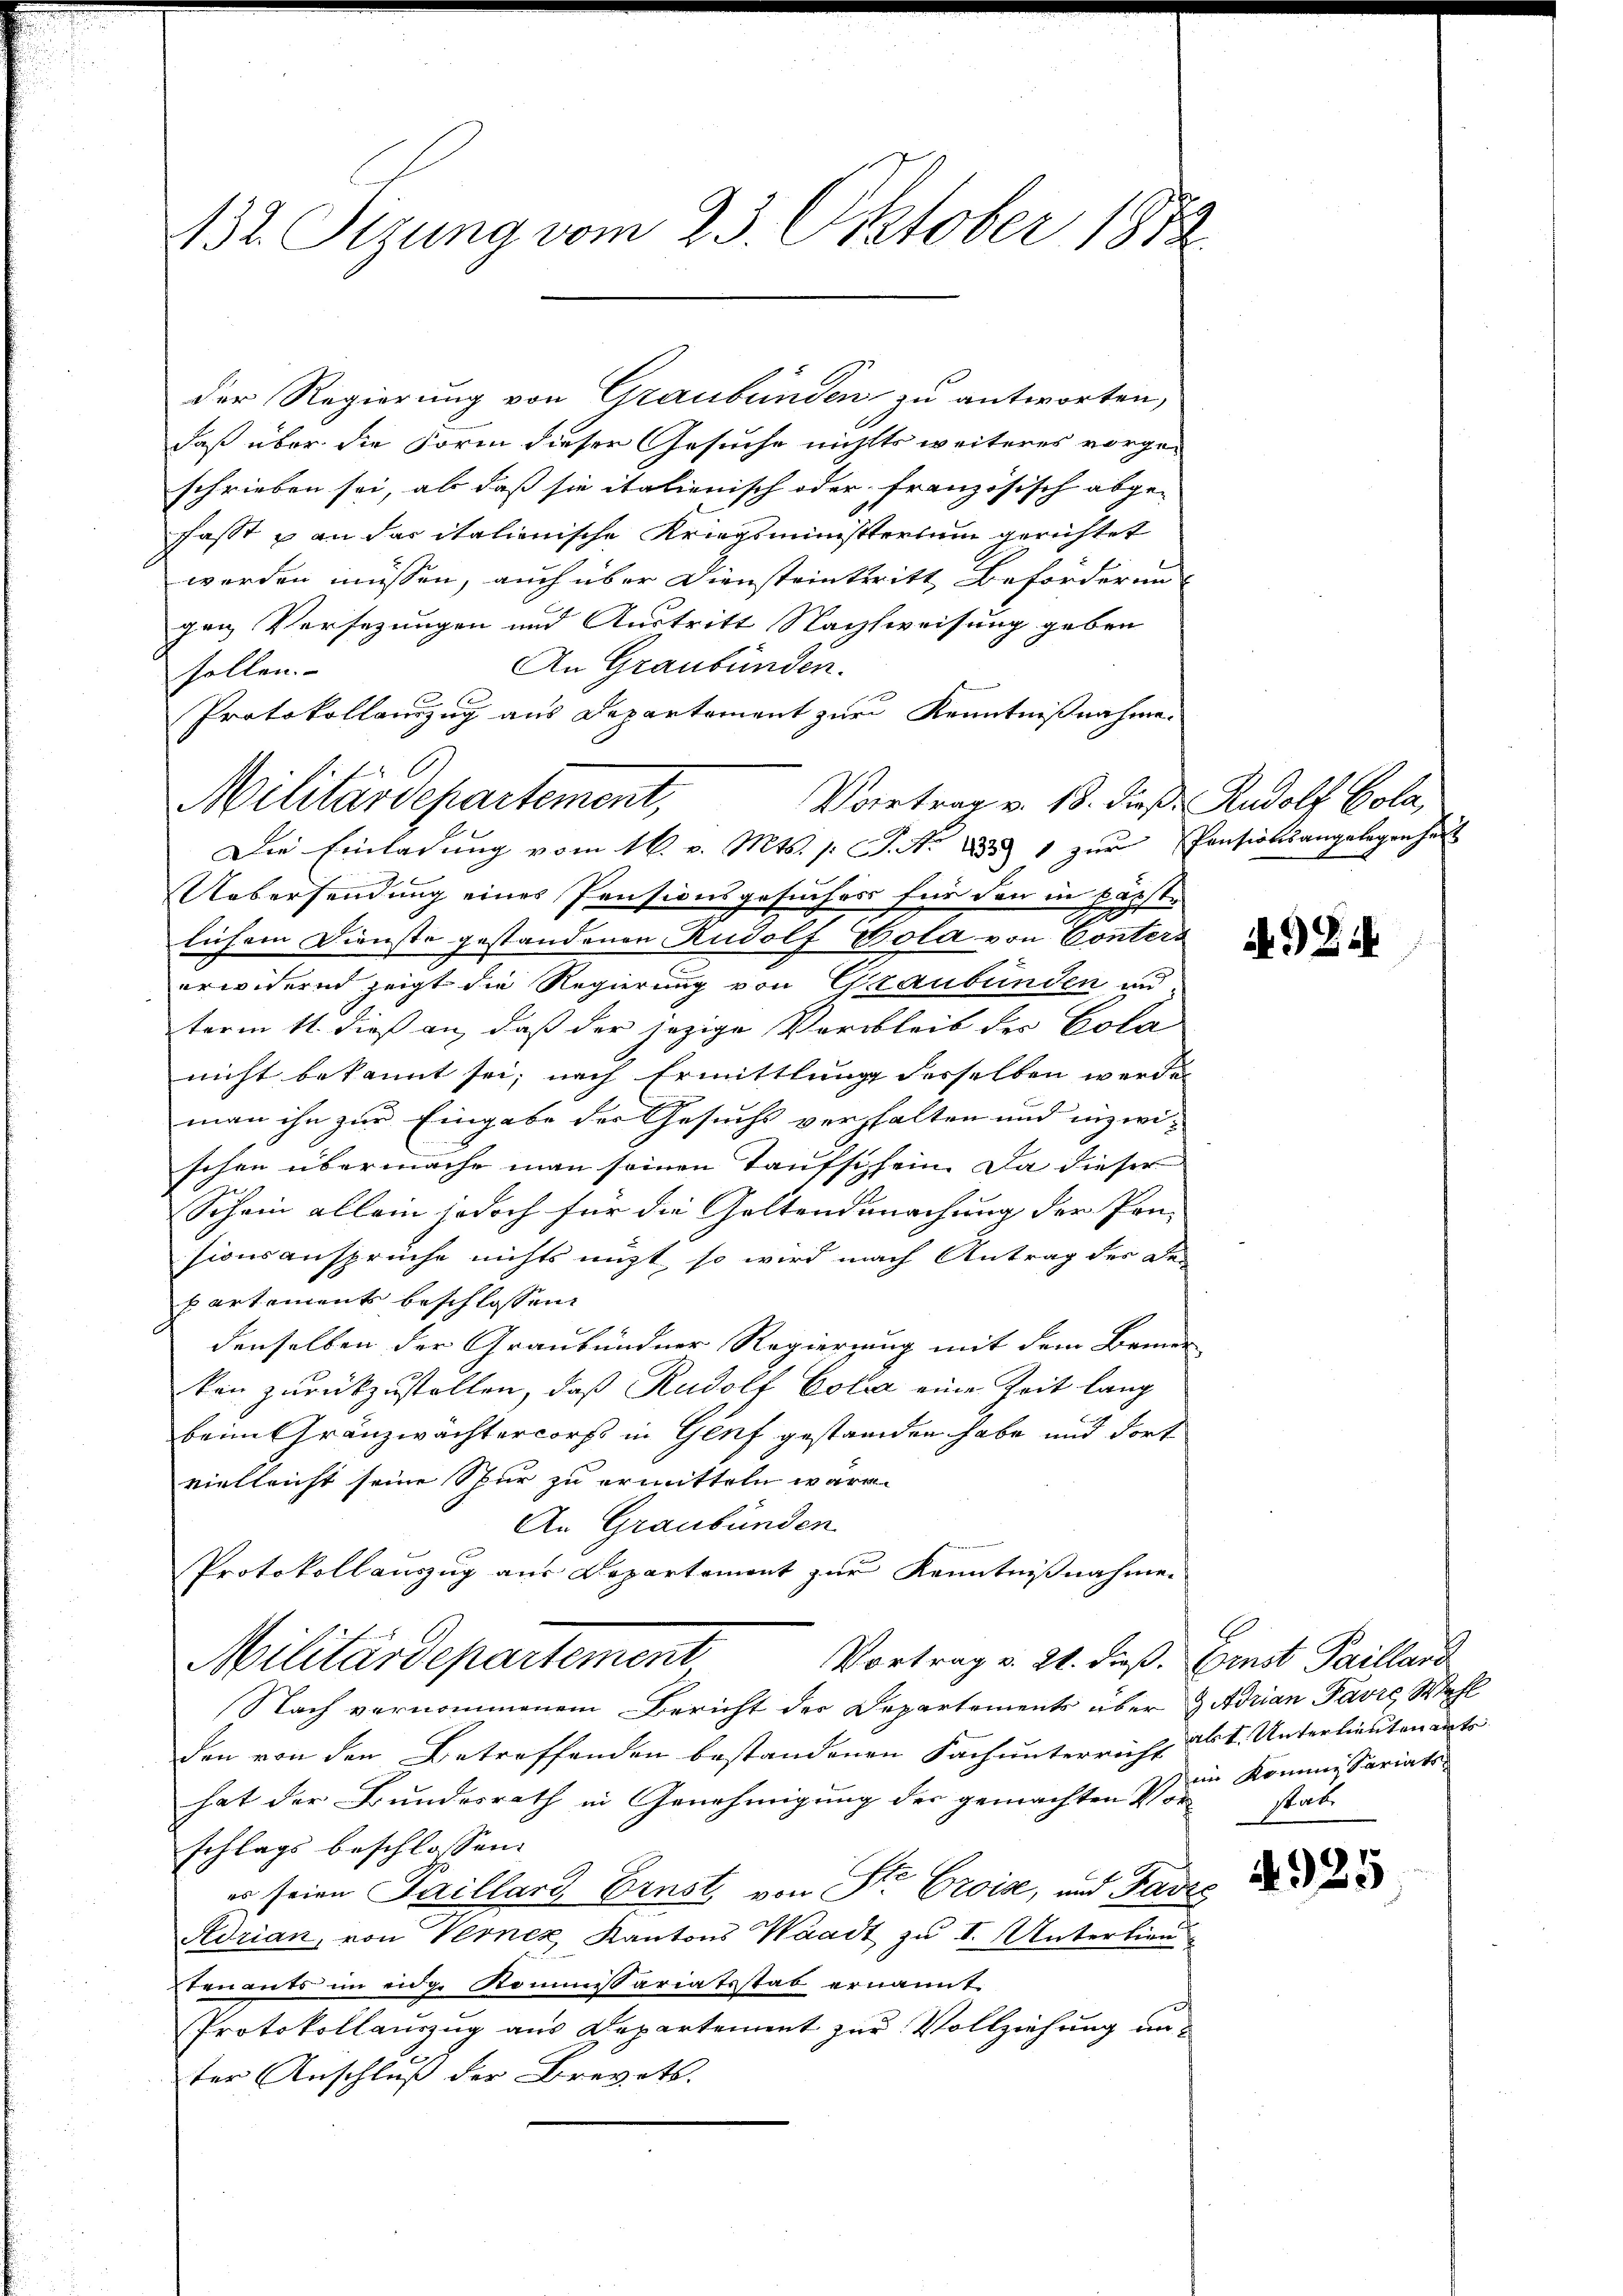
132. Sizung vom 23. Oktober 1872

Militärdepartement,

der Regierung von Graubünden zu antworten,
daß über die Form dieser Gesuche nichts weiteres vorge-
schrieben sei, als daß sie italienisch oder französisch abge-
fasst u an das italienische Kriegsministerium gerichtet
werden müssen, auch über Diensteintritt Beförderung
gen Versezungen und Austritt Nachtweisung geben
An Graubünden.
sollen.
Protokollauszug aus Departement zur Kenntnißnahme.
Vortrag v. 18. dieß. Rudolf Cola,
Die Einladung vom 16. v. Mts. s. S. Nr. 1851 zur Pensionsangelegenheit
Uebersendung eines Pensionsgesuches für den in pärste
A
lichem Dienste gestandenen Rudolf Bola von Conters
erwidernd zeigt die Regierung von Graubünden un
term 11. dieß an, daß der jezige Verbleib der Bota
nicht bekannt sei; nach Ermittlung desselben werde
man ihn zur Eingabe der Gesuchs verhalten und inzwi-
schen übermache man seinen Taufschein. Da dieser
Schein allein jedoch für die Geltendmachung der Pon-
sionsanspruche nichts nicht, so wird nach Antrag der De
partements beschlossen.
denselben der Graubündner Regierung mit dem Brunn
ken zurückzustellen, daß Rudolf Cota eine Zeit lang
beim Gränzwächtercorps in Genf gestanden habe und dort
vielleicht seine Spur zu ermitteln wäre.
An Graubünden
Protokollauszug aus Departement zur Kenntnisnahmen
Militärdepartement
Vortrag v. 21. dieß. Ginst Paillard
Nach vernommenem Bericht der Departements über Adrian Favre Wahl
den von den Betreffenden bestandenen Fach unterricht als I. Unterlieuten ents
hat der Bundesrath in Genehmigung der gemachten Vorschlags beschlossen:
es seien Kaillard Ernst, von Str. Croise, und Far
Adrian, von Verner Kantons Waadt zu I. Unterlieu
Stenants im eidg. Kommissariatsstab ernannt.
Protokollauszug aus Departement zur Vollziehung an-
ter Anschluß der Brevets.

A. G. B.

im komme Sariater
stabe

4925